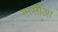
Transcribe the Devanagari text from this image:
गार्सीआ